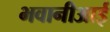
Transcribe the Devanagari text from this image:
भवानीआई